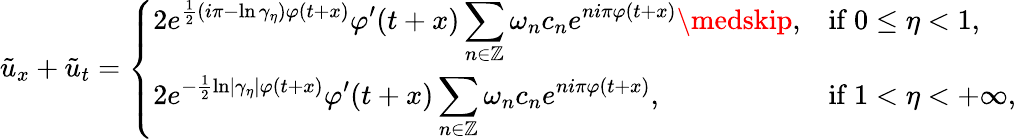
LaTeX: \tilde{u}_{x}+\tilde{u}_{t}=\left\{ \begin{array}{ll}{\displaystyle 2e^{\frac{1}{2}\left(i\pi-\ln\gamma_{\eta}\right)\varphi(t+x)}\varphi^{\prime}(t+x)\sum_{n\in\mathbb{Z}}\omega_{n}c_{n}e^{ni\pi\varphi(t+x)}\medskip,}&{\mathrm{if~}0\leq\eta<1,}\\ {\displaystyle 2e^{-\frac{1}{2}\ln\left\vert\gamma_{\eta}\right\vert\varphi(t+x)}\varphi^{\prime}(t+x)\sum_{n\in\mathbb{Z}}\omega_{n}c_{n}e^{ni\pi\varphi(t+x)},}&{\mathrm{if~}1<\eta<+\infty,}\end{array}\right.